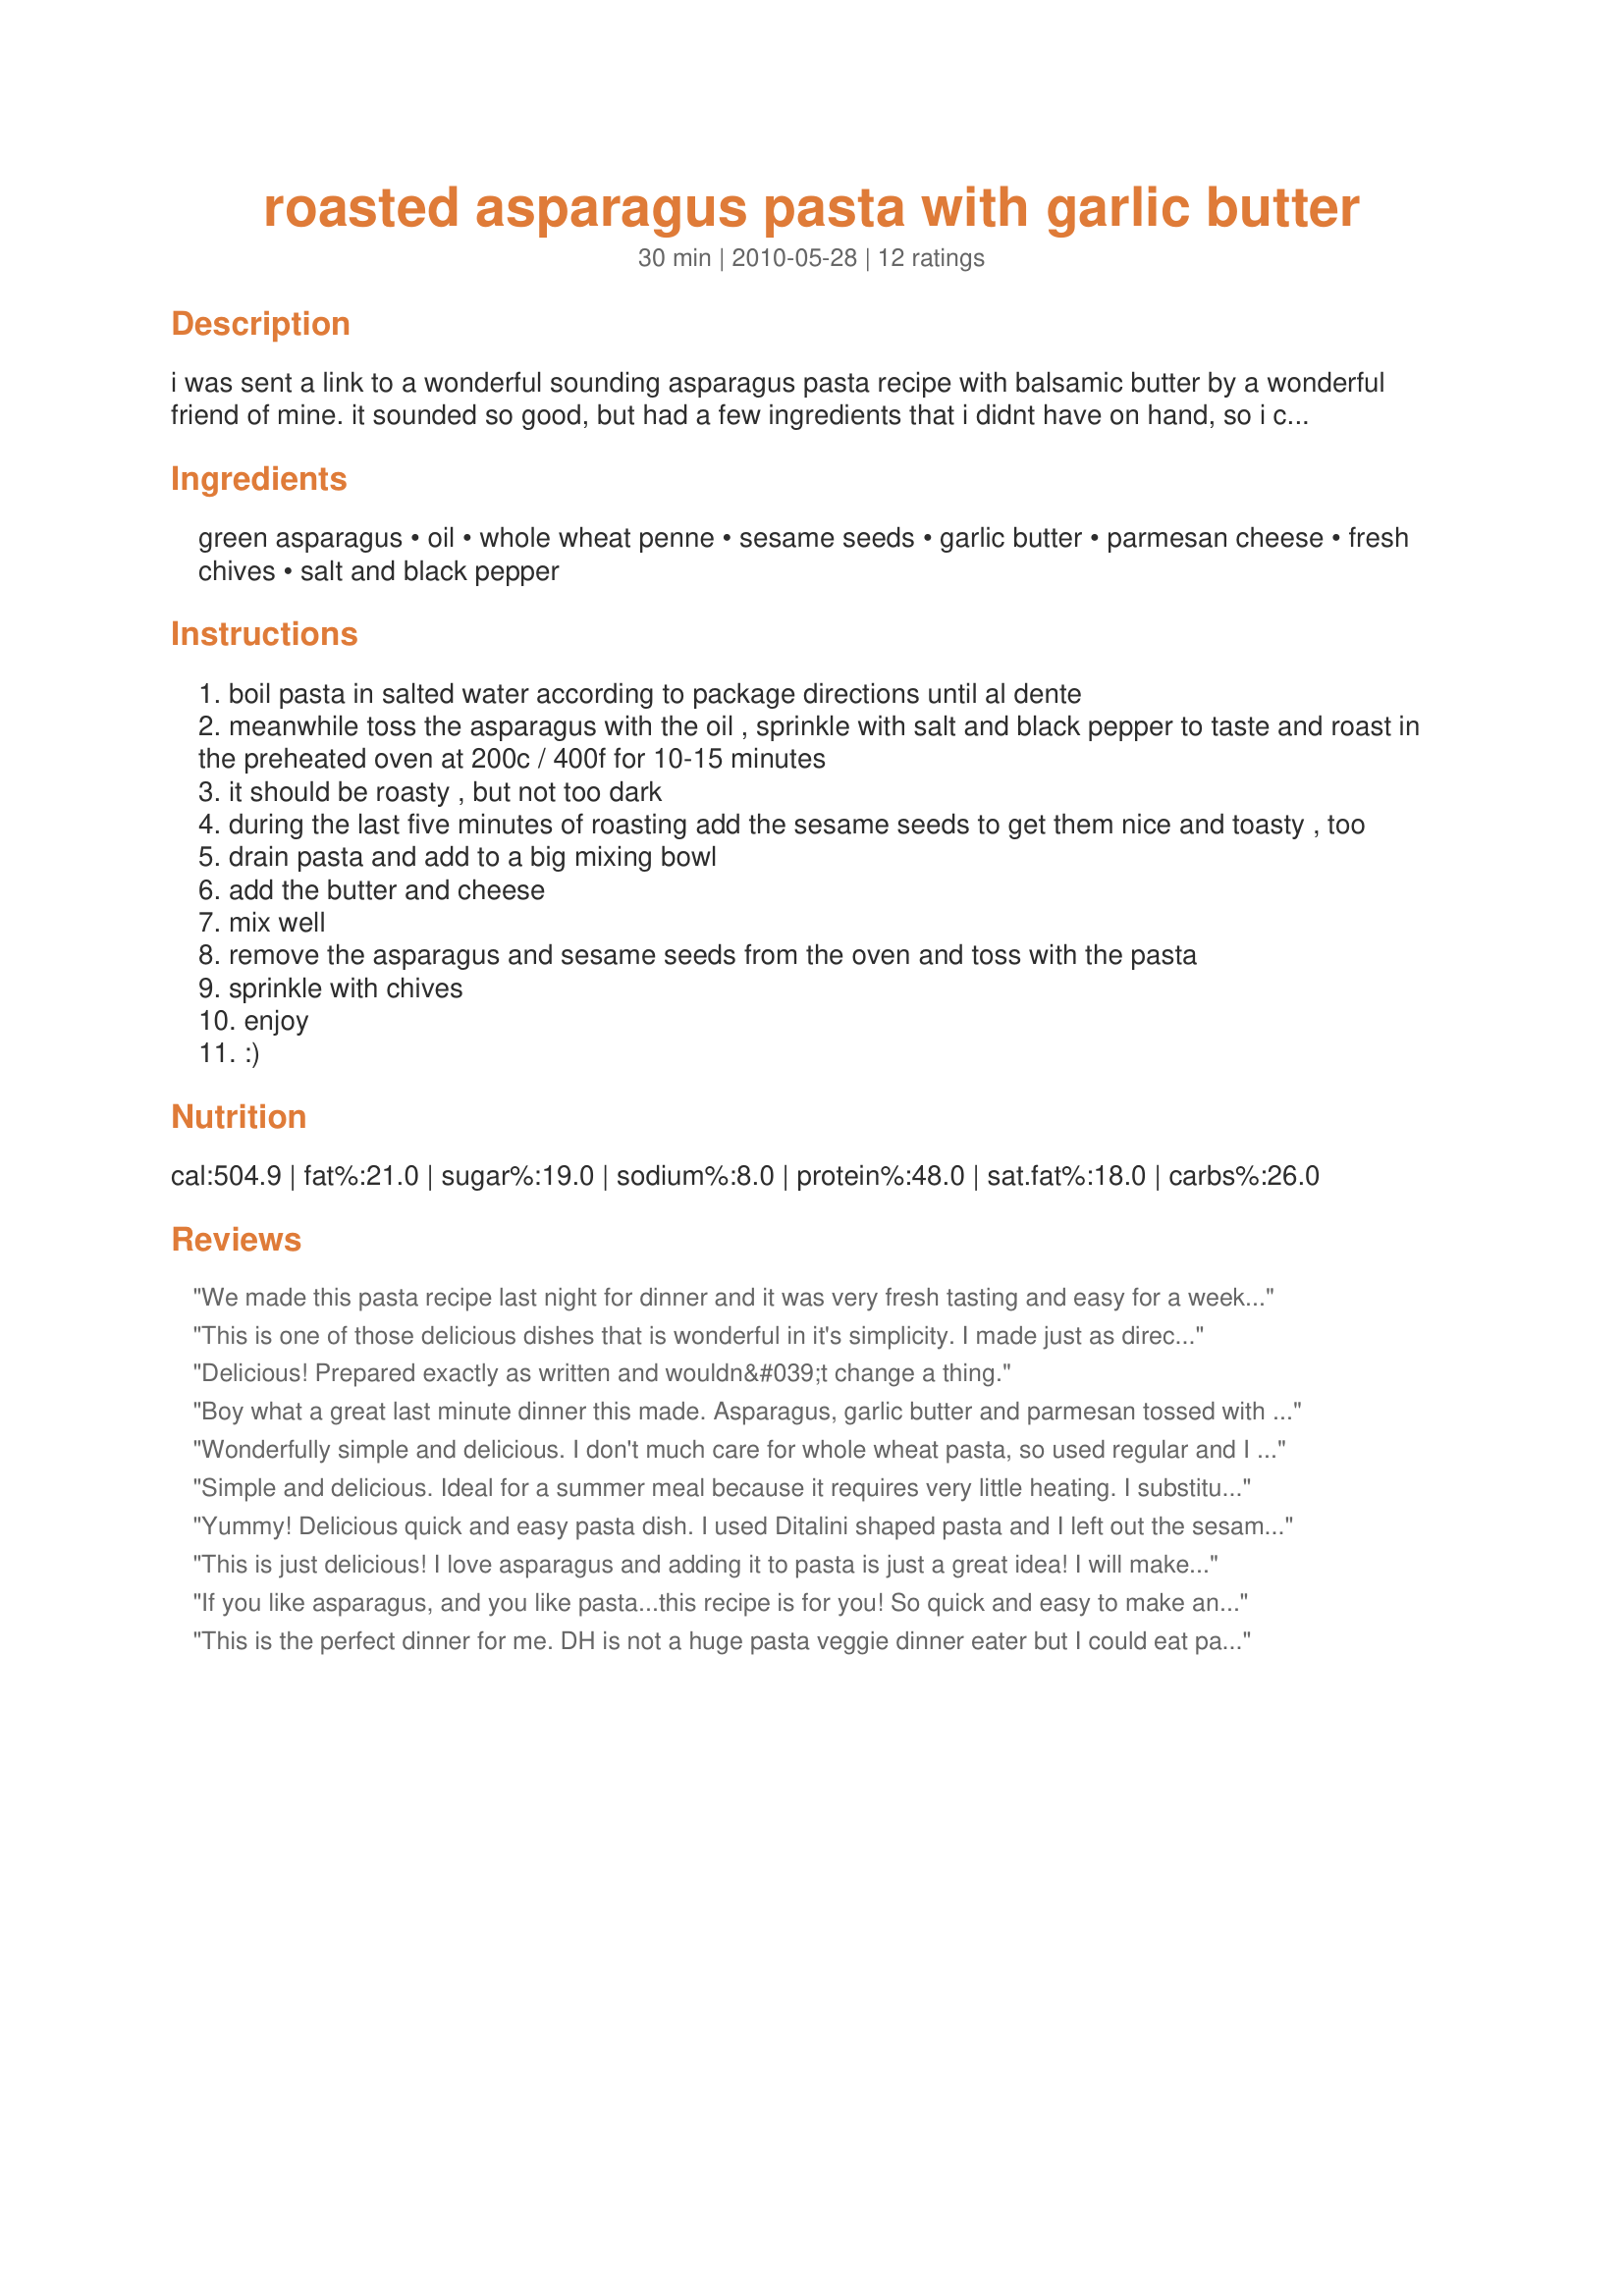
roasted asparagus pasta with garlic butter
Preparation time: 30 minutes

i was sent a link to a wonderful sounding asparagus pasta recipe with balsamic butter by a wonderful friend of mine.
it sounded so good, but had a few ingredients that i didnt have on hand, so i created my own version of it. here it is: an italian dish with a small asian twist to it. i hope youll enjoy it! :)

Ingredients:
green asparagus, oil, whole wheat penne, sesame seeds, garlic butter, parmesan cheese, fresh chives, salt and black pepper

Steps:
boil pasta in salted water according to package directions until al dente
meanwhile toss the asparagus with the oil , sprinkle with salt and black pepper to taste and roast in the preheated oven at 200c / 400f for 10-15 minutes
it should be roasty , but not too dark
during the last five minutes of roasting add the sesame seeds to get them nice and toasty , too
drain pasta and add to a big mixing bowl
add the butter and cheese
mix well
remove the asparagus and sesame seeds from the oven and toss with the pasta
sprinkle with chives
enjoy
:)

Reviews:
We made this pasta recipe last night for dinner and it was very fresh tasting and easy for a weeknight. The 2 of us ate the whole thing with no leftovers. I enjoyed mine drizzled with olive oil. Thanks for posting! Made for May 2013 Veggie Swap.
This is one of those delicious dishes that is wonderful in it's simplicity. I made just as directed, using 1 1/2 T of the garlic butter (melted butter with fresh crushed garlic), reduced-fat butter and parmesan, and chives only on DH's portion as I don't care for them. All of the flavors worked perfectly together; loved the sesame seeds. This made 2 generous servings, plenty for any hungry veggie-lover ;) Quick to the table, healthy and delicious - thanks for sharing the recipe!
Delicious! Prepared exactly as written and wouldn&#039;t change a thing.
Boy what a great last minute dinner this made. Asparagus, garlic butter and parmesan tossed with pasta yum! The only alteration made was to leave out the chives as I did not have any and it was too late to go to the store, but do think chive would be great. Thanks so much for the post.
Wonderfully simple and delicious. I don't much care for whole wheat pasta, so used regular and I did use the entire garlic butter amount listed. Made for New Kids on the Block Tag, :)
Simple and delicious. Ideal for a summer meal because it requires very little heating. I substituted galetti (aka "cock's comb") pasta, asiago cheese and added fresh garlic instead of using "garlic butter". Fresh chives and blossoms from the garden, too. Enjoyed by all but especially Her Majesty Miss ~Tasty Dish~ who is the toughest food critic of the bunch. Reviewed for Veg Tag July.
Yummy! Delicious quick and easy pasta dish. I used Ditalini shaped pasta and I left out the sesame seeds, but otherwise made as directed. Love the colors of this dish! Made for Veg 'N Swap 32.
This is just delicious! I love asparagus and adding it to pasta is just a great idea! I will make this again. Thanks for sharing!
If you like asparagus, and you like pasta...this recipe is for you! So quick and easy to make and yet company worthy. I used regular penne pasta, but other than that, I followed the recipe as posted. I took some leftovers to work the next day and reheated it in the microwave and it still tasted great. Co-workers kept walking up to my desk asking me what smelled so good. I ended up printing the recipe for five people. :) Made for Nov 2010 Aus/NZ Swap.
This is the perfect dinner for me. DH is not a huge pasta veggie dinner eater but I could eat pasta and veggies every day or soup. So I made this on one of his late work nights and it was wonderful. I usually add broccolli but the asparagus at the organic market looked so good I bought 5 lbs. The roasted flavors just add to the tecture and the depth of the meal. Thank you so much for a new idea. I will make this again very soon! Made for AS/NZ Swap Mar2012
Yummy!!! This was such a quick and easy dinner. I made the garlic butter and added some dried red onions. I also added some red peppers to the asparagus before toasting. Next time I may add some chicken for protein. All my picky eaters loved this! Thx!!
Simple and delicious. I used whole grain penne pasta. Thanks, Lalaloula! Made as a recipenap in Aussie Kiwi Recipe Swap 46.
